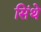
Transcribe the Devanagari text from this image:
सिंथे